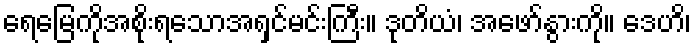
ရေမြေကိုအစိုးရသောအရှင်မင်းကြီး။ ဒုတိယံ၊ အဖော်နွားကို။ ဒေဟိ၊